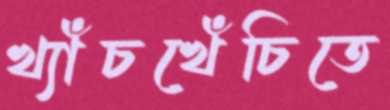
খ্যাঁচখেঁচিতে